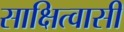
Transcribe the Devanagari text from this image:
साक्षित्वासी